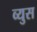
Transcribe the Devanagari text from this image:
व्युस